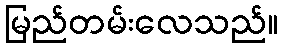
မြည်တမ်းလေသည်။